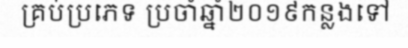
គ្រប់ប្រភេទ ប្រចាំឆ្នាំ២០១៩កន្លងទៅ